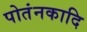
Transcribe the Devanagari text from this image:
पोतंनकादि